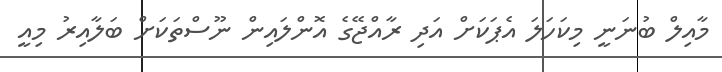
މާއިލް ބުނަނީ މިކަހަލަ އެޕަކަށް އަދި ރާއްޖޭގެ އޮންލައިން ނޫސްތަކަށް ބަލާއިރު މިއީ